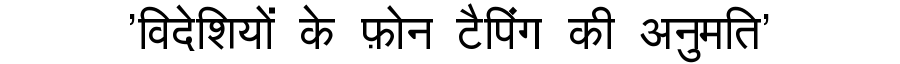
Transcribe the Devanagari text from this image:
'विदेशियों के फ़ोन टैपिंग की अनुमति'